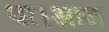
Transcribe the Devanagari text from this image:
था।आज